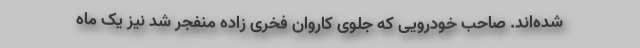
شده‌اند. صاحب خودرویی که جلوی کاروان فخری زاده منفجر شد نیز یک ماه